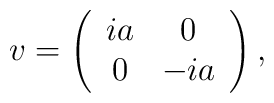
v=\left(\begin{array}{cc}ia & 0 \\0 & -ia \end{array}\right),